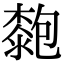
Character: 㯡